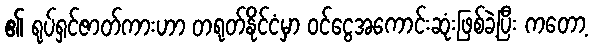
၏ ရုပ်ရှင်ဇာတ်ကားဟာ တရုတ်နိုင်ငံမှာ ဝင်ငွေအကောင်းဆုံးဖြစ်ခဲ့ပြီး ကတော့